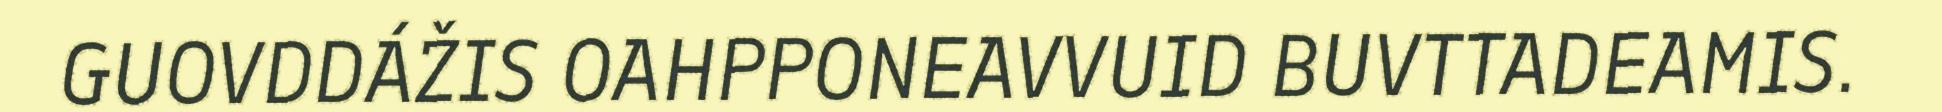
GUOVDDÁŽIS OAHPPONEAVVUID BUVTTADEAMIS.